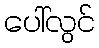
ပေါ်လွင်